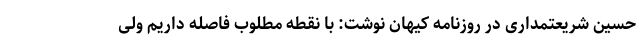
حسین شریعتمداری در روزنامه کیهان نوشت: با نقطه مطلوب فاصله داریم ولی